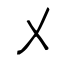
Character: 乄